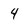
Character: 4